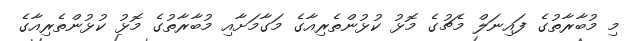
މި މުބާރާތުގެ ފައިނަލް މެޗުގެ މޮޅު ކުޅުންތެރިއާގެ މަގާމަށާއި މުބާރާތުގެ މޮޅު ކުޅުންތެރިއާގެ